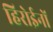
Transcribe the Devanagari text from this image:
हिरोईनों